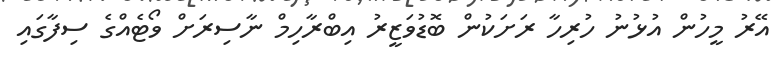
އޭރު މީހުން އުޅުނު ހުރިހާ ރަށަކުން ބޮޑުވަޒީރު އިބްރާހިމް ނާސިރަށް ވޯޓެއްގެ ސިފާގައި